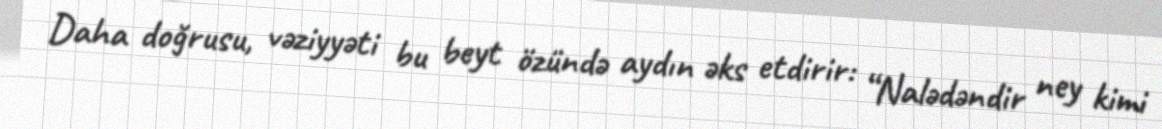
Daha doğrusu, vəziyyəti bu beyt özündə aydın əks etdirir: “Nalədəndir ney kimi